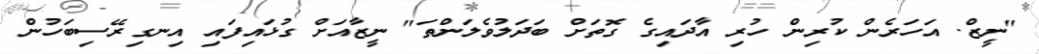
"ނީޒް. އަހަރެން ކުރިން ހުރި އާދައިގެ ގޮތަށް ބަދަލުވެލަންތަ" ނީޒާއަށް ގުޅައިފައި އިނގިރޭސިބަހުން